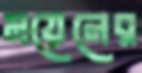
ময়েনের